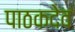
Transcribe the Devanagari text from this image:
पाठकदेव